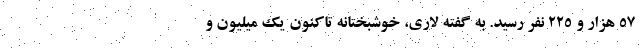
۵۷ هزار و ۲۲۵ نفر رسید. به گفته لاری، خوشبختانه تاکنون یک میلیون و